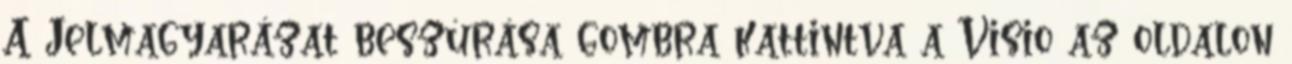
A Jelmagyarázat beszúrása gombra kattintva a Visio az oldalon